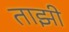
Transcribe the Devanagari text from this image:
ताझी